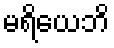
မရိယေဘိ